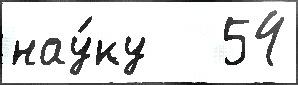
нау́ку   54